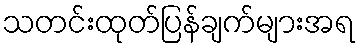
သတင်းထုတ်ပြန်ချက်များအရ